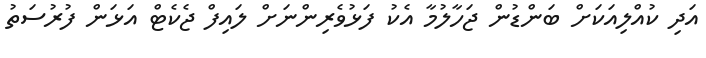
އަދި ކުއްލިއަކަށް ބަންޑުން ޖަހާލުމާ އެކު ފަޅުވެރިންނަށް ލައިފް ޖެކެޓް އަޅަން ފުރުސަތު